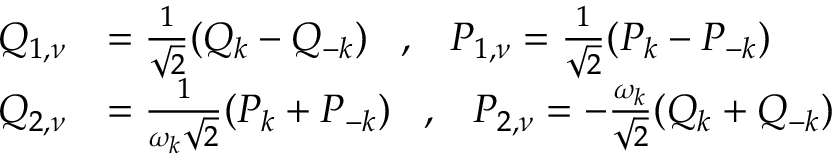
\begin{array} { r l } { Q _ { 1 , \nu } } & { = \frac { 1 } { \sqrt { 2 } } ( Q _ { k } - Q _ { - k } ) \; \; \; , \; \; \; P _ { 1 , \nu } = \frac { 1 } { \sqrt { 2 } } ( P _ { k } - P _ { - k } ) } \\ { Q _ { 2 , \nu } } & { = \frac { 1 } { \omega _ { k } \sqrt { 2 } } ( P _ { k } + P _ { - k } ) \; \; \; , \; \; \; P _ { 2 , \nu } = - \frac { \omega _ { k } } { \sqrt { 2 } } ( Q _ { k } + Q _ { - k } ) } \end{array}